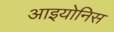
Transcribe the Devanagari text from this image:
आइयोनिस